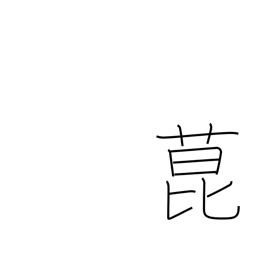
Meaning: a kind of fragrant herb